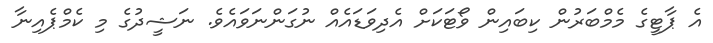
އެ ޕާޓީގެ މެމްބަރުން ކިބައިން ވޯޓަކަށް އެދިވަޑައެއް ނުގަންނަވައެވެ. ނަޝީދުގެ މި ކެމްޕެއިނާ